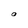
Character: O